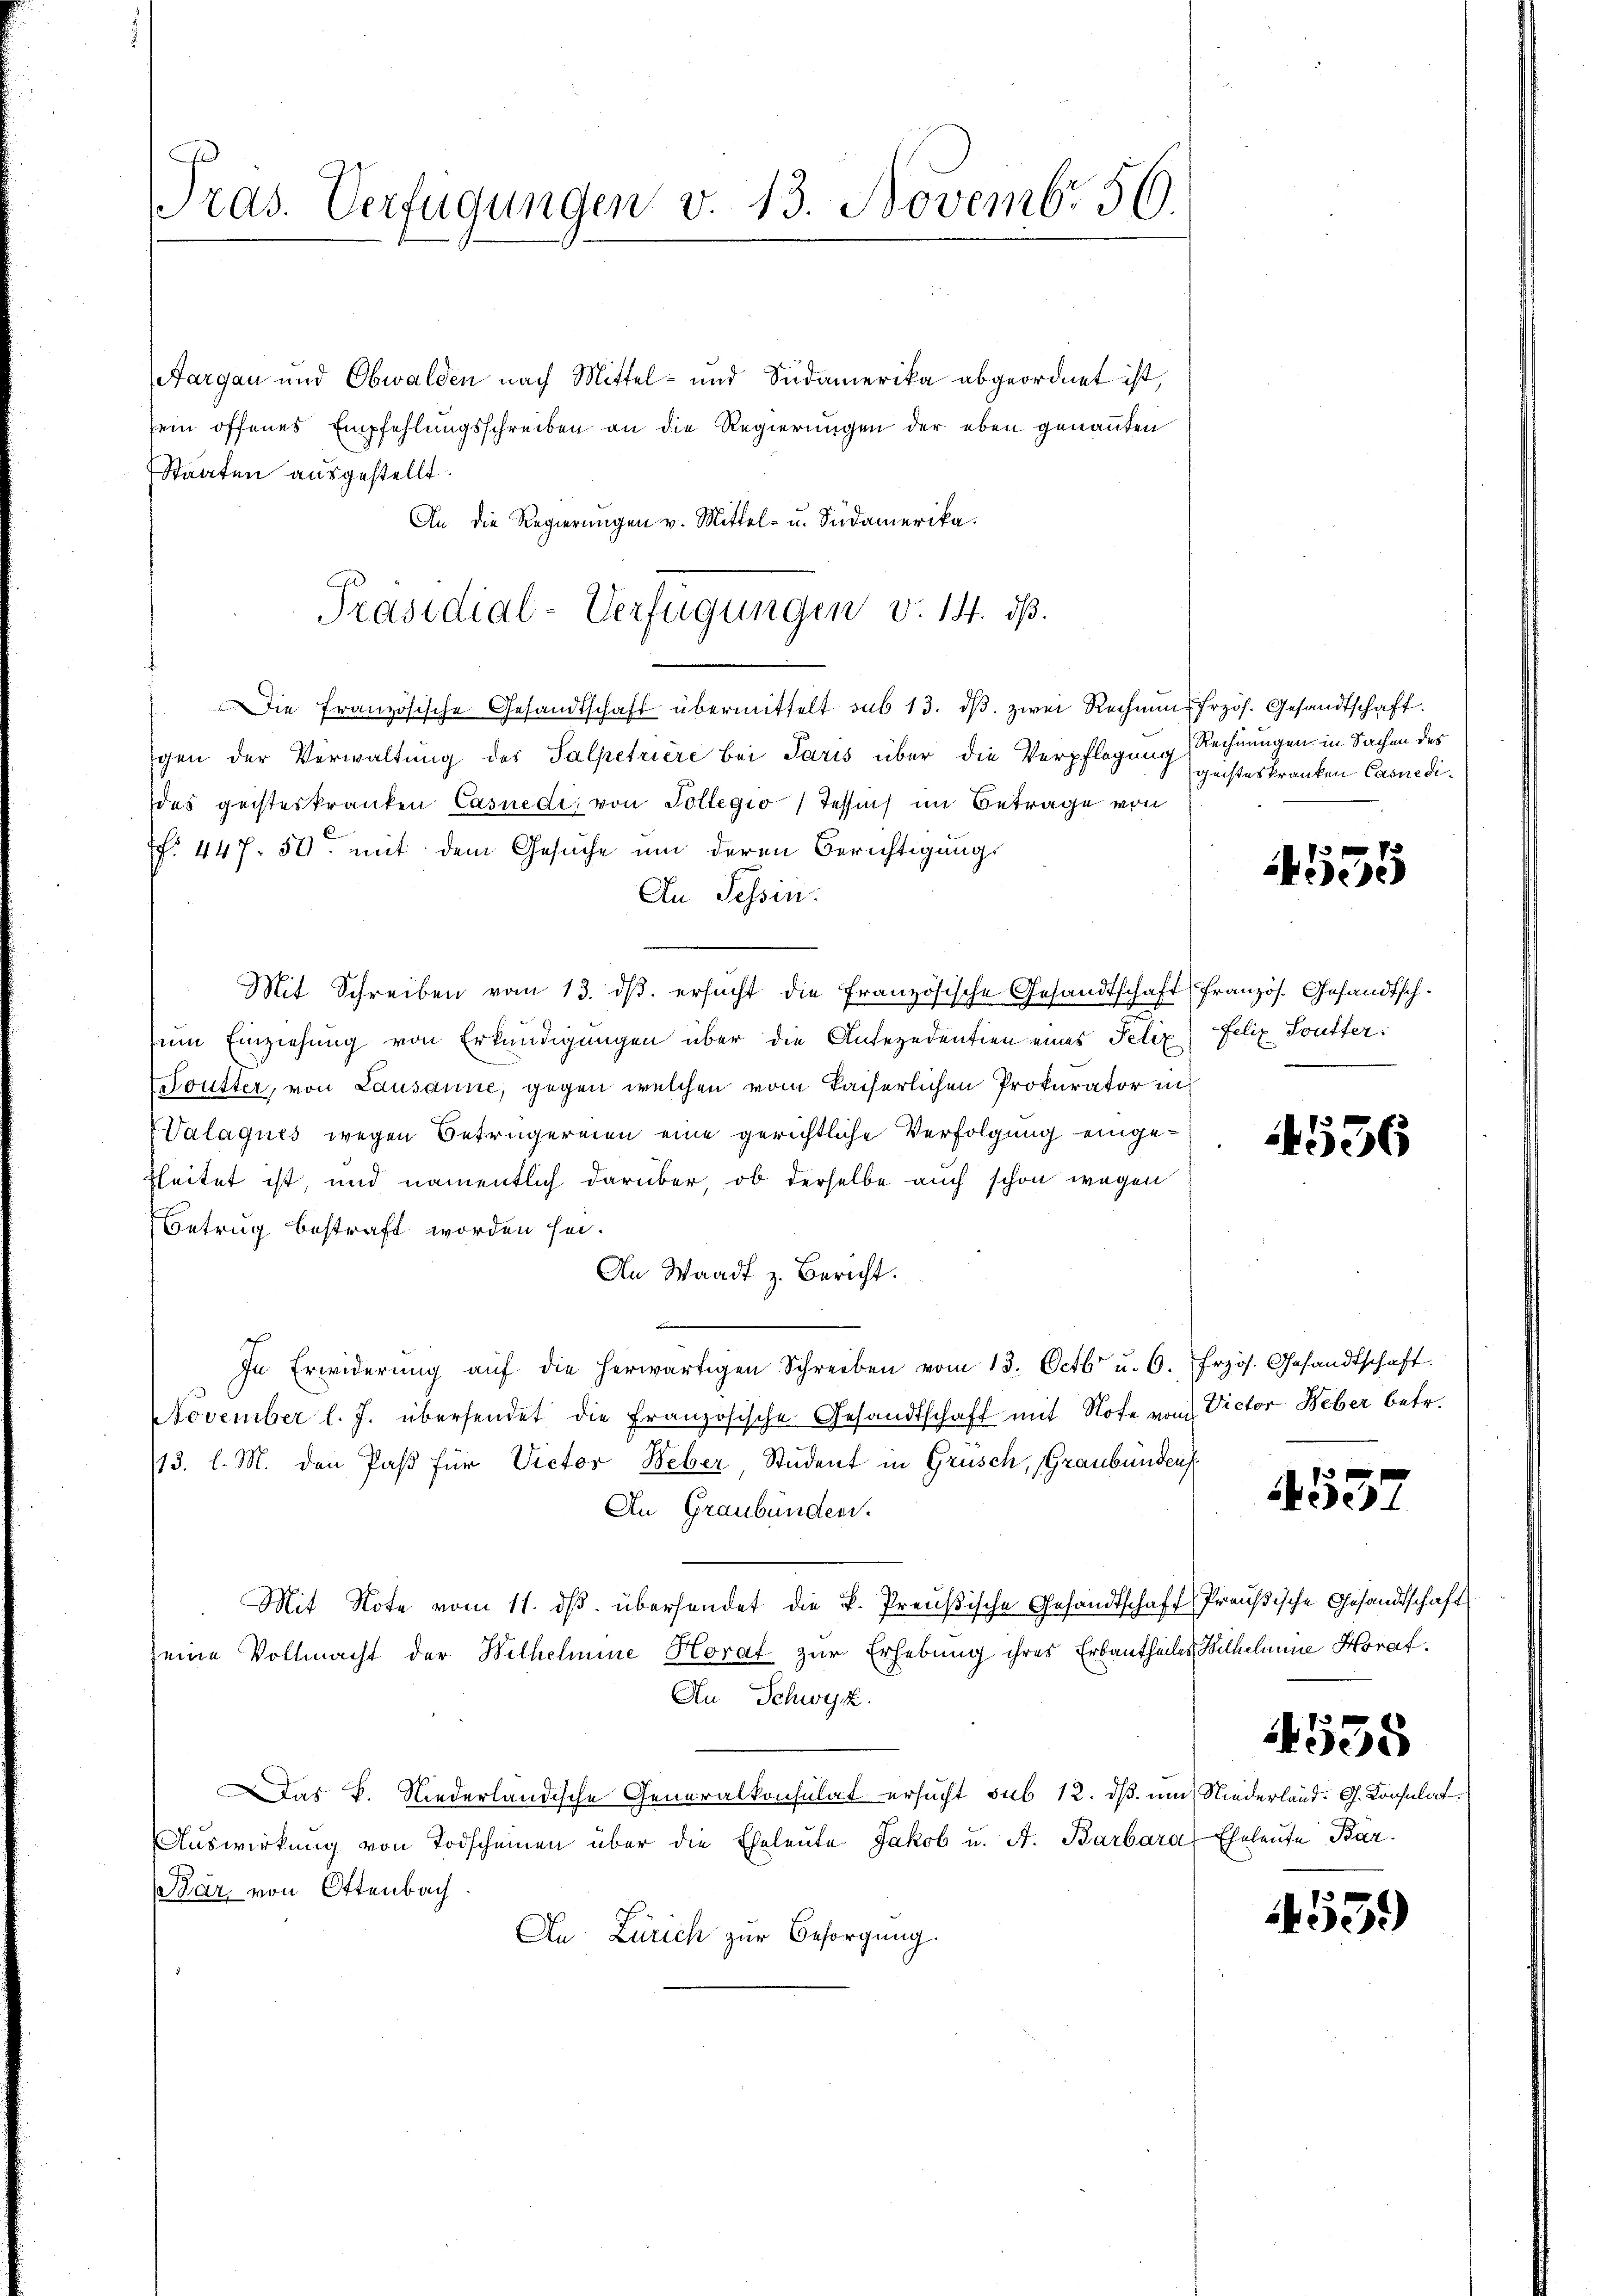
Aargau und Obwalden nach Mittel- und Südamerika abgeordnet ist,
sein offenes Empfehlungsschreiben an die Regierungen der eben genannten
Staaten ausgestellt.
An die Regierungen v. Mittel- u. Südamerika.
gen der Verwaltung des Salpetriere bei Paris über die Verpflegung
des geisteskranken Casnedi, von Sollegio (Tessins im Betrage von
f. 447. 50. mit dem Gesuche um deren Berichtigungs
An Tessin.
Mit Schreiben vom 13. dβ. ersŭcht die französische Gesandtschaft französ. Gesandtschzum Einziehung von Erkundigungen über die Anferedentien eines Felix
Doutter, von Lausanne, gegen welchen vom kaiserlichen Prokurator ich
Valaques wegen Betrugereien eine gerichtliche Verfolgung eingefheitet ist, und namentlich darüber, ob derselbe auch schon wegen
Betrug bestraft worden sei.
An Waadt z. Bericht.

In Erwiderŭng aŭf die herwärtigen Schreiben vom 13. Octbr. u. 6. Frzös. Gesandtschaft.
November l. J. übersendet die Französische Gesandtschaft mit Hofe vom Victor Weber betr.
113. l. M. den Paß für Victor Weber Student in Grusch, Graubünden
An Graubünden.
Mit Note vom 11. dβ. übersendet die k. Preußische Gesandtschaft Preußische Gesandtschaft
seine Vollmacht der Wilhelmine Horat zur Erhebung ihres Erbautheiles Wilhelmine Horat
An Schwyz.
Das K. Niederländische Generalkonsulat ersucht sub 12. dß um Niederland. G. Konsulat
Auswirkung von Todscheinen über die Eheleute Jakob u. A. Barbara Eheleute Bar¬
Bär von Ottenbach.
An Zürich zur Besorgung.

Pras. Verfügungen v. 13. Novembr 56.

Präsidial-Verfügungen v. 14. ds.
Die Französische Gesandtschaft übermittelt sub 13. dβ, zwei Rechnung frzös. Gesandtschaft.

Rechnungen in Sachen des
geisteskranken Casnedi

4555

Felix Souffer:
e

1536

4537

4558

453.